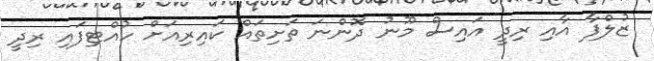
ޒުލްފާ އާއި ރިދީ އައިސް މޫނު ދޮންނަ ތަށިތައް ކައިރިއަށް ހުއްޓިފައި ރިދީ